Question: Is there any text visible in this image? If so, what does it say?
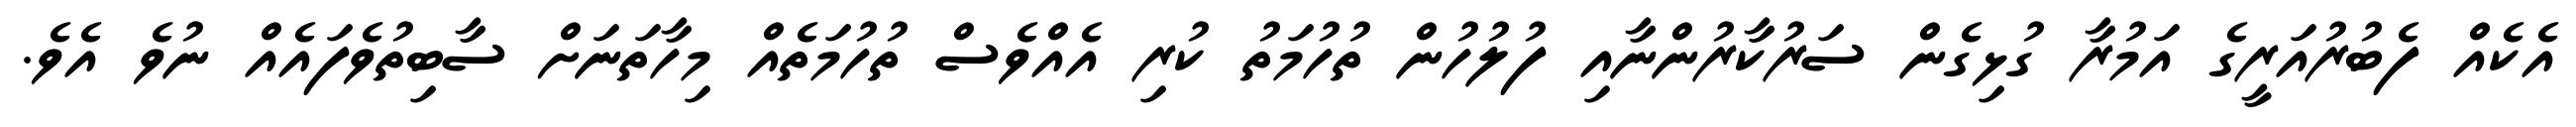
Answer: އެކެއް ފެބުރުއަރީގެ އަމުރާ ގުޅިގެން ސަރުކާރުންނާއި ފުލުހުން ތުހުމަތު ކުރި އެއްވެސް ތުހުމަތެއް މިހާތަނަށް ސާބިތުވެފައެއް ނުވެ އެވެ.